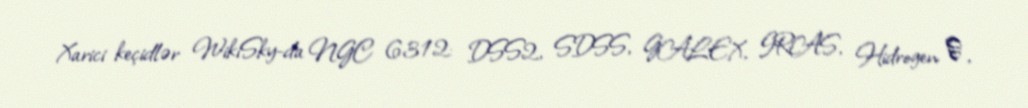
Xarici keçidlər WikiSky-da NGC 6312: DSS2, SDSS, GALEX, IRAS, Hidrogen α,